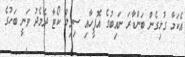
އެކަމާ ގުޅިގެން ބަންޑާރަ ނައިބުގެ އޮފީހާއި ސިވިލް ކޯޓާ ދެމެދު ވަނީ ބަހުގެ